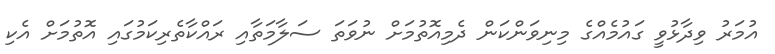
އުމަރު ވިދާޅުވީ ގައުމެއްގެ މިނިވަންކަން ދެމިއޮތުމަށް ނުވަތަ ސަލާމަތާއި ރައްކާތެރިކަމުގައި އޮތުމަށް އެކި